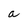
Character: a